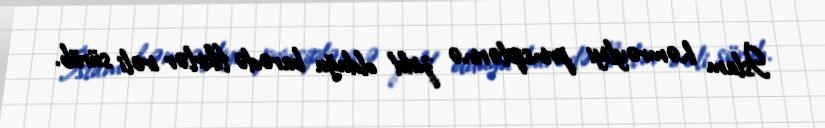
İslam həmrəyliyi prinsiplərinə zidd olduğu barədə fikirlər irəli sürüb.